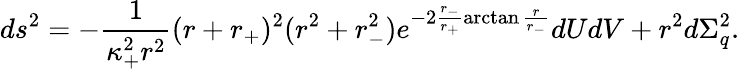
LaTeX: ds^{2}=-\frac{1}{\kappa_{+}^{2}r^{2}}(r+r_{+})^{2}(r^{2}+r_{-}^{2})e^{-2\frac{r_{-}}{r_{+}}\arctan\frac{r}{r_{-}}}dUdV+r^{2}d\Sigma_{q}^{2}.